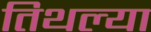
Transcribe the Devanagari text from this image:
तिथल्या